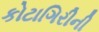
કોટાગિરીની